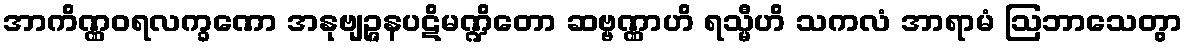
အာကိဏ္ဏဝရလက္ခဏော အနုဗျဉ္ဇနပဋိမဏ္ဍိတော ဆဗ္ဗဏ္ဏာဟိ ရသ္မီဟိ သကလံ အာရာမံ ဩဘာသေတွာ